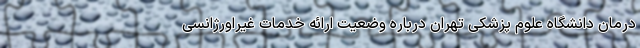
درمان دانشگاه علوم پزشکی تهران درباره وضعیت ارائه خدمات غیراورژانسی